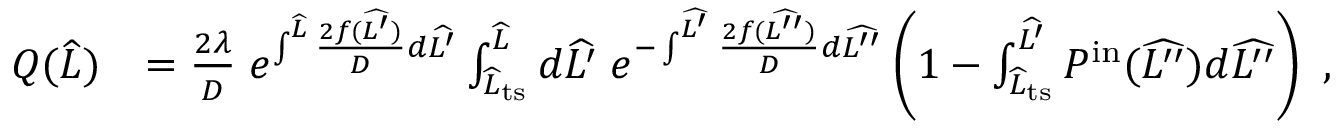
\begin{array} { r l } { Q ( \widehat { L } ) } & { = \frac { 2 \lambda } { D } \; e ^ { \int ^ { \widehat { L } } \frac { 2 f ( \widehat { L ^ { \prime } } ) } { D } d \widehat { L ^ { \prime } } } \int _ { \widehat { L } _ { \mathrm { t s } } } ^ { \widehat { L } } d \widehat { L ^ { \prime } } \; e ^ { - \int ^ { \widehat { L ^ { \prime } } } \frac { 2 f ( \widehat { L ^ { \prime \prime } } ) } { D } d \widehat { L ^ { \prime \prime } } } \left( 1 - \int _ { \widehat { L } _ { \mathrm { t s } } } ^ { \widehat { L ^ { \prime } } } P ^ { \mathrm { i n } } ( \widehat { L ^ { \prime \prime } } ) d \widehat { L ^ { \prime \prime } } \right) \ , } \end{array}